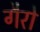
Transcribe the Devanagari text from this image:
गैरो